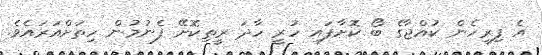
އެ ފިރިހެން ކުއްޖާގެ ބޯ ކޮށާފައި ހުރީ ހާދަ ރީތިކޮށޭ ފެނުމުން ހިތަށްއަރައެވެ.